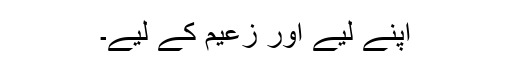
اپنے لیے اور زعیم کے لیے۔